画像に写った文字を読んでください
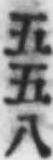
「五五八」と書いてあります